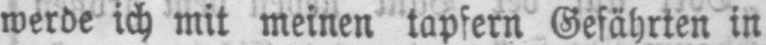
werde ich mit meinen tapfern Gefährten in